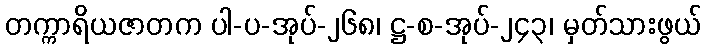
တက္ကာရိယဇာတက ပါ-ပ-အုပ်-၂၆၈၊ ဋ္ဌ-စ-အုပ်-၂၄၃၊ မှတ်သားဖွယ်